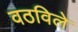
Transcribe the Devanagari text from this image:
वठविले